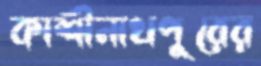
কাশীনাথপুরের